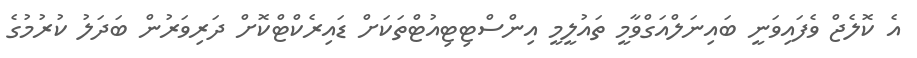
އެ ކޮލެޖް ވެފައިވަނީ ބައިނަލްއަގްވާމީ ތައުލީމީ އިންސްޓިޓިއުޓްތަކަށް ޑައިރެކްޓްކޮށް ދަރިވަރުން ބަދަލު ކުރުމުގެ